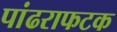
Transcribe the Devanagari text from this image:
पांढराफटक